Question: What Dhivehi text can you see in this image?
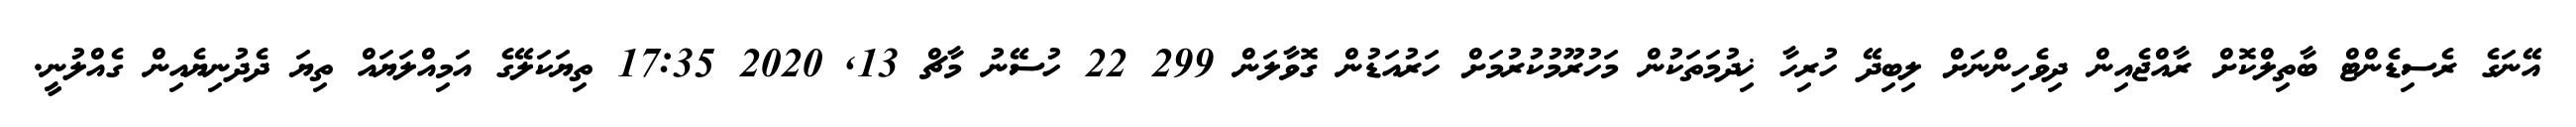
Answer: އޭނަގެ ރެސިޑެންޓް ބާތިލްކޮށް ރާއްޖެއިން ދިވެހިންނަށް ލިބިދޭ ހުރިހާ ޚިދުމަތަކުން މަހުރޫމުކުރުމަށް ހަރުއަޑުން ގޮވާލަން 299 22 ހުސޭނު މާޗް 13, 2020 17:35 ތިޔަކަލޭގެ އަމިއްލަޔައް ތިޔަ ދެދުނިޔެއިން ގެއްލުނީ.